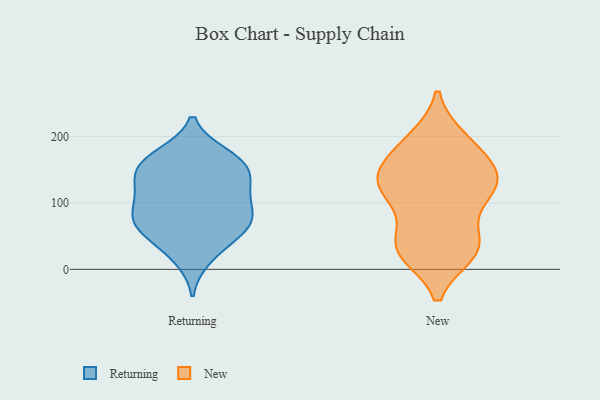
{"axis": {"x": "Churn Rate (%)", "y": "Value"}, "legend": ["New", "Returning"], "data": [{"x": "", "y": 107, "type": "Returning"}, {"x": "", "y": 109, "type": "Returning"}, {"x": "", "y": 72, "type": "Returning"}, {"x": "", "y": 143, "type": "Returning"}, {"x": "", "y": 66, "type": "Returning"}, {"x": "", "y": 87, "type": "Returning"}, {"x": "", "y": 63, "type": "Returning"}, {"x": "", "y": 146, "type": "Returning"}, {"x": "", "y": 110, "type": "Returning"}, {"x": "", "y": 172, "type": "Returning"}, {"x": "", "y": 17, "type": "Returning"}, {"x": "", "y": 167, "type": "Returning"}, {"x": "", "y": 70, "type": "Returning"}, {"x": "", "y": 151, "type": "Returning"}, {"x": "", "y": 169, "type": "Returning"}, {"x": "", "y": 33, "type": "Returning"}, {"x": "", "y": 135, "type": "Returning"}, {"x": "", "y": 63, "type": "Returning"}, {"x": "", "y": 28, "type": "New"}, {"x": "", "y": 196, "type": "New"}, {"x": "", "y": 112, "type": "New"}, {"x": "", "y": 117, "type": "New"}, {"x": "", "y": 36, "type": "New"}, {"x": "", "y": 154, "type": "New"}, {"x": "", "y": 26, "type": "New"}, {"x": "", "y": 190, "type": "New"}, {"x": "", "y": 104, "type": "New"}, {"x": "", "y": 143, "type": "New"}, {"x": "", "y": 190, "type": "New"}, {"x": "", "y": 51, "type": "New"}, {"x": "", "y": 134, "type": "New"}, {"x": "", "y": 35, "type": "New"}, {"x": "", "y": 120, "type": "New"}, {"x": "", "y": 150, "type": "New"}, {"x": "", "y": 25, "type": "New"}, {"x": "", "y": 140, "type": "New"}]}